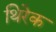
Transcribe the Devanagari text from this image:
थिरेक